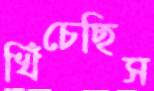
খিঁচেছিস